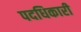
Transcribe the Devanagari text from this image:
पदधिकारी